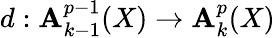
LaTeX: d:\mathbf{A}_{k-1}^{p-1}(X)\to\mathbf{A}_{k}^{p}(X)